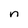
Character: n